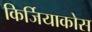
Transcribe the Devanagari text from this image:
किर्जियाकोस